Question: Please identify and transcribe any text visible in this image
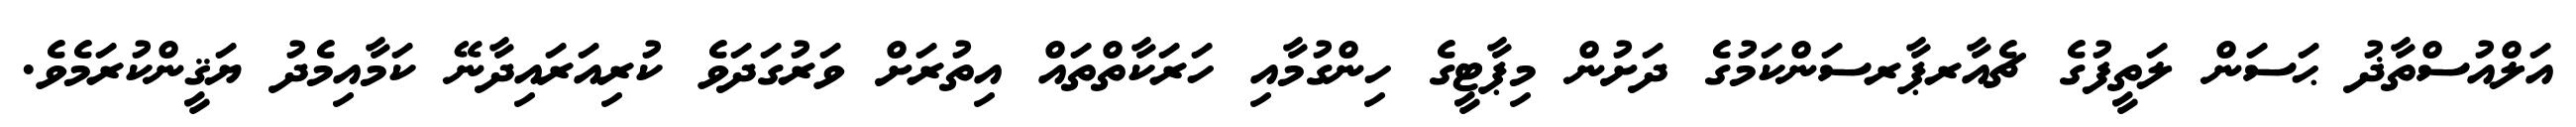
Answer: އަލްއުސްތާޛު ޙަސަން ލަތީފުގެ ޗެއާރޕާރސަންކަމުގެ ދަށުން މިޕާޓީގެ ހިންގުމާއި ހަރަކާތްތައް އިތުރަށް ވަރުގަދަވެ ކުރިއަރައިދާނޭ ކަމާއިމެދު ޔަޤީންކުރަމެވެ.